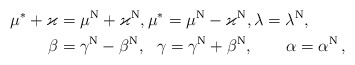
\begin{align*}\mu^*+\varkappa&=\mu^{\rm N}+\varkappa^{\rm N},\mu^*=\mu^{\rm N}-\varkappa^{\rm N},\lambda =\lambda^{\rm N}, \\\beta &=\gamma^{\rm N}-\beta^{\rm N}, \ \ \gamma =\gamma^{\rm N}+\beta^{\rm N}, \qquad\alpha =\alpha^{\rm N} \,,\end{align*}